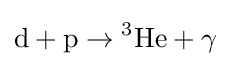
{\text{d}}+{\text{p}}\to {^{3}}{\text{He}}+\operatorname {\gamma }